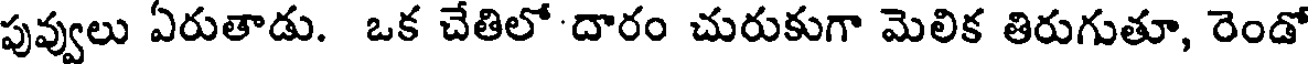
పువ్వులు ఏరుతాడు. ఒక చేతిలో దారం చురుకుగా మెలిక తిరుగుతూ, రెండో